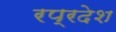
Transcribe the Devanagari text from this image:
रप्रदेश